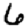
Digit: 6